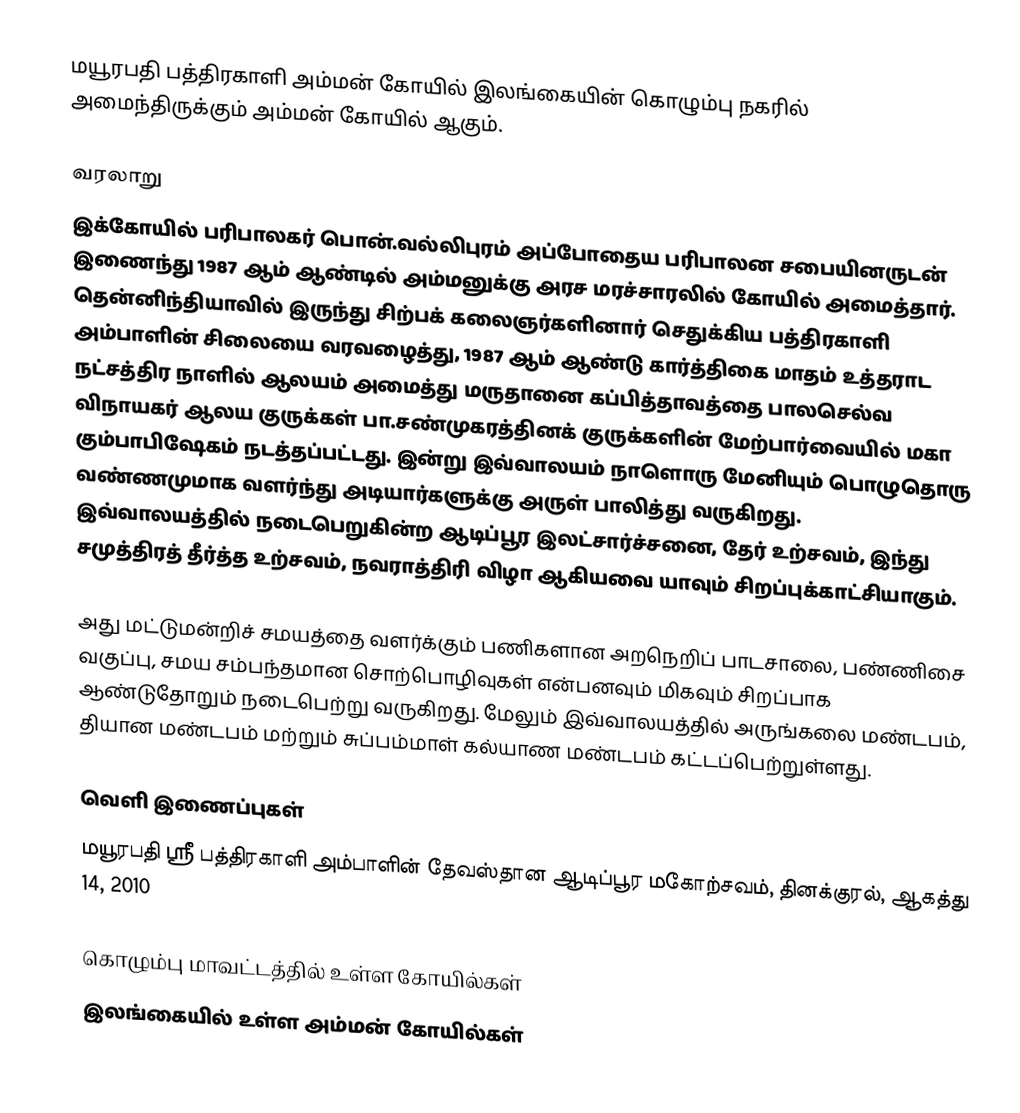
மயூரபதி பத்திரகாளி அம்மன் கோயில் இலங்கையின் கொழும்பு நகரில் அமைந்திருக்கும் அம்மன் கோயில் ஆகும்.

வரலாறு
இக்கோயில் பரிபாலகர் பொன்.வல்லிபுரம் அப்போதைய பரிபாலன சபையினருடன் இணைந்து 1987 ஆம் ஆண்டில் அம்மனுக்கு அரச மரச்சாரலில் கோயில் அமைத்தார். தென்னிந்தியாவில் இருந்து சிற்பக் கலைஞர்களினார் செதுக்கிய பத்திரகாளி அம்பாளின் சிலையை வரவழைத்து, 1987 ஆம் ஆண்டு கார்த்திகை மாதம் உத்தராட நட்சத்திர நாளில் ஆலயம் அமைத்து மருதானை கப்பித்தாவத்தை பாலசெல்வ விநாயகர் ஆலய குருக்கள் பா.சண்முகரத்தினக் குருக்களின் மேற்பார்வையில் மகா கும்பாபிஷேகம் நடத்தப்பட்டது. இன்று இவ்வாலயம் நாளொரு மேனியும் பொழுதொரு வண்ணமுமாக வளர்ந்து அடியார்களுக்கு அருள் பாலித்து வருகிறது. இவ்வாலயத்தில் நடைபெறுகின்ற ஆடிப்பூர இலட்சார்ச்சனை, தேர் உற்சவம், இந்து சமுத்திரத் தீர்த்த உற்சவம், நவராத்திரி விழா ஆகியவை யாவும் சிறப்புக்காட்சியாகும்.

அது மட்டுமன்றிச் சமயத்தை வளர்க்கும் பணிகளான அறநெறிப் பாடசாலை, பண்ணிசை வகுப்பு, சமய சம்பந்தமான சொற்பொழிவுகள் என்பனவும் மிகவும் சிறப்பாக ஆண்டுதோறும் நடைபெற்று வருகிறது. மேலும் இவ்வாலயத்தில் அருங்கலை மண்டபம், தியான மண்டபம் மற்றும் சுப்பம்மாள் கல்யாண மண்டபம் கட்டப்பெற்றுள்ளது.

வெளி இணைப்புகள்
மயூரபதி ஸ்ரீ பத்திரகாளி அம்பாளின் தேவஸ்தான ஆடிப்பூர மகோற்சவம், தினக்குரல், ஆகத்து 14, 2010

கொழும்பு மாவட்டத்தில் உள்ள கோயில்கள்
இலங்கையில் உள்ள அம்மன் கோயில்கள்